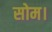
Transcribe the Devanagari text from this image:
सोम।